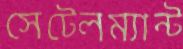
সেটেলম্যান্ট